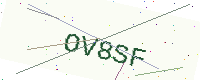
Text: OV8SF